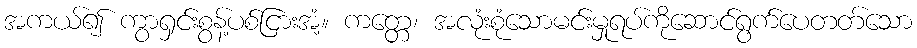
အကယ်၍ ကွာရှင်းစွန့်ပစ်ငြားအံ့။ ကတ္တေ၊ အလုံးစုံသောမင်းမှုရပ်ကိုဆောင်ရွက်ပေတတ်သော